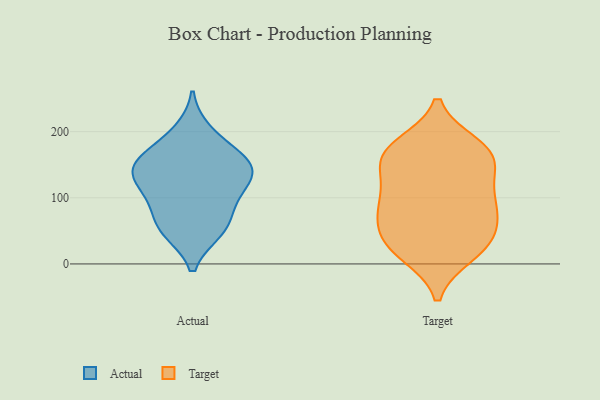
{"axis": {"x": "Active Users", "y": "Value"}, "legend": ["Actual", "Target"], "data": [{"x": "", "y": 147, "type": "Actual"}, {"x": "", "y": 200, "type": "Actual"}, {"x": "", "y": 145, "type": "Actual"}, {"x": "", "y": 176, "type": "Actual"}, {"x": "", "y": 104, "type": "Actual"}, {"x": "", "y": 113, "type": "Actual"}, {"x": "", "y": 50, "type": "Actual"}, {"x": "", "y": 136, "type": "Actual"}, {"x": "", "y": 152, "type": "Actual"}, {"x": "", "y": 58, "type": "Actual"}, {"x": "", "y": 52, "type": "Actual"}, {"x": "", "y": 145, "type": "Actual"}, {"x": "", "y": 90, "type": "Actual"}, {"x": "", "y": 17, "type": "Target"}, {"x": "", "y": 174, "type": "Target"}, {"x": "", "y": 36, "type": "Target"}, {"x": "", "y": 179, "type": "Target"}, {"x": "", "y": 92, "type": "Target"}, {"x": "", "y": 162, "type": "Target"}, {"x": "", "y": 168, "type": "Target"}, {"x": "", "y": 45, "type": "Target"}, {"x": "", "y": 15, "type": "Target"}, {"x": "", "y": 31, "type": "Target"}, {"x": "", "y": 147, "type": "Target"}, {"x": "", "y": 121, "type": "Target"}, {"x": "", "y": 78, "type": "Target"}, {"x": "", "y": 67, "type": "Target"}, {"x": "", "y": 87, "type": "Target"}, {"x": "", "y": 162, "type": "Target"}, {"x": "", "y": 105, "type": "Target"}]}